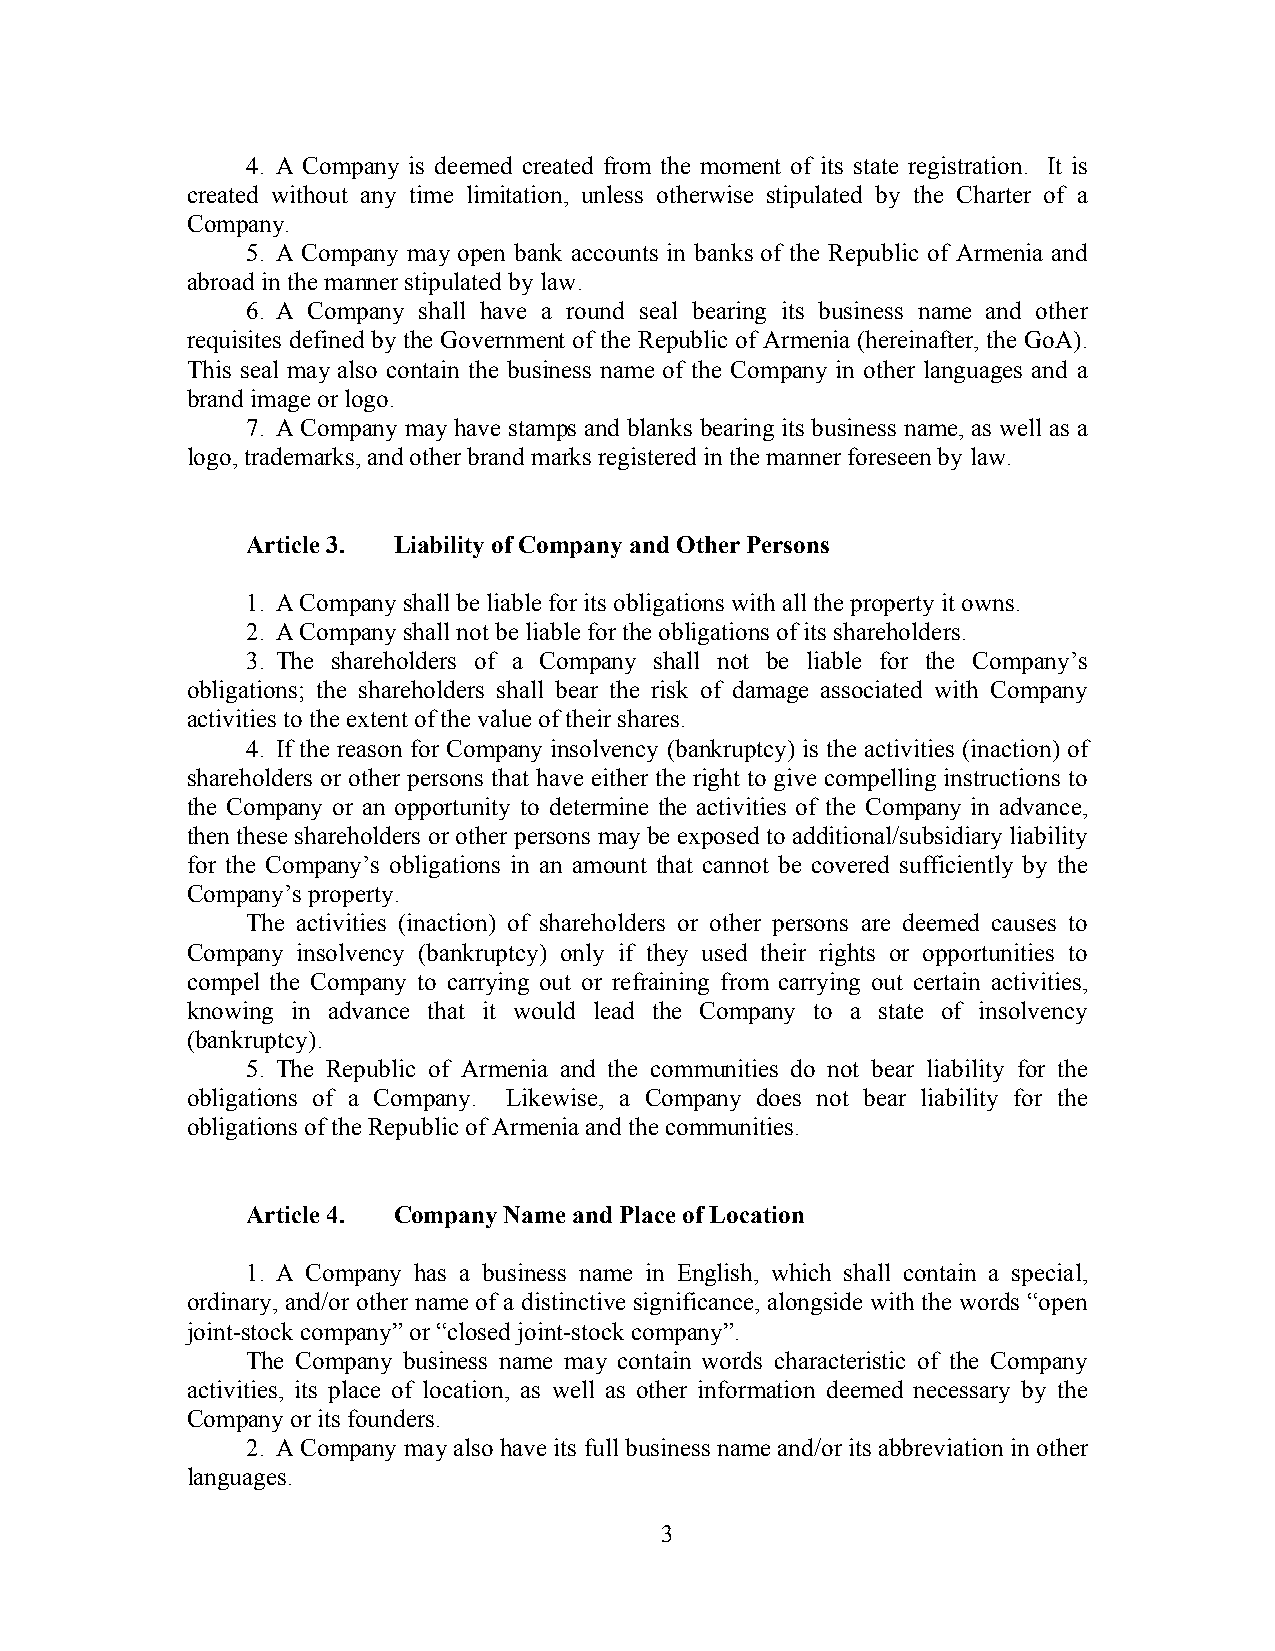
4. A Company is deemed created from the moment of its state registration. It is
 created without any time limitation, unless otherwise stipulated by the Charter of a
 Company.
 5. A Company may open bank accounts in banks of the Republic of Armenia and
 abroad in the manner stipulated by law.
 6. A Company shall have a round seal bearing its business name and other
 requisites defined by the Government of the Republic of Armenia (hereinafter, the GoA).
 This seal may also contain the business name of the Company in other languages and a
 brand image or logo.
 7. A Company may have stamps and blanks bearing its business name, as well as a
 logo, trademarks, and other brand marks registered in the manner foreseen by law.
 Article 3. Liability of Company and Other Persons
 1. A Company shall be liable for its obligations with all the property it owns.
 2. A Company shall not be liable for the obligations of its shareholders.
 3. The shareholders of a Company shall not be liable for the Company’s
 obligations; the shareholders shall bear the risk of damage associated with Company
 activities to the extent of the value of their shares.
 4. If the reason for Company insolvency (bankruptcy) is the activities (inaction) of
 shareholders or other persons that have either the right to give compelling instructions to
 the Company or an opportunity to determine the activities of the Company in advance,
 then these shareholders or other persons may be exposed to additional/subsidiary liability
 for the Company’s obligations in an amount that cannot be covered sufficiently by the
 Company’s property.
 The activities (inaction) of shareholders or other persons are deemed causes to
 Company insolvency (bankruptcy) only if they used their rights or opportunities to
 compel the Company to carrying out or refraining from carrying out certain activities,
 knowing in advance that it would lead the Company to a state of insolvency
 (bankruptcy).
 5. The Republic of Armenia and the communities do not bear liability for the
 obligations of a Company. Likewise, a Company does not bear liability for the
 obligations of the Republic of Armenia and the communities.
 Article 4. Company Name and Place of Location
 1. A Company has a business name in English, which shall contain a special,
 ordinary, and/or other name of a distinctive significance, alongside with the words “open
 joint-stock company” or “closed joint-stock company”.
 The Company business name may contain words characteristic of the Company
 activities, its place of location, as well as other information deemed necessary by the
 Company or its founders.
 2. A Company may also have its full business name and/or its abbreviation in other
 languages.
 3